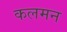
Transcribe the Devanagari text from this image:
कलमन